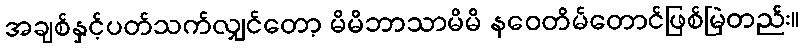
အချစ်နှင့်ပတ်သက်လျှင်တော့ မိမိဘာသာမိမိ နဝေတိမ်တောင်ဖြစ်မြဲတည်း။